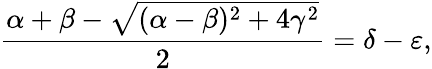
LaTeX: \frac{\alpha+\beta-\sqrt{(\alpha-\beta)^{2}+4\gamma^{2}}}{2}=\delta-\varepsilon,